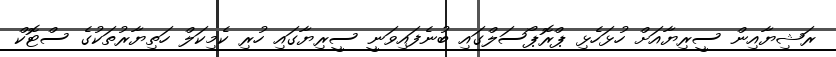
ރަޝިޔާއިން ސީރިޔާއަށް ހުޅަހެޅި ޕްރޮޕޯސަލްގައި ބުނެފައިވަނީ ސީރިޔާގައި ހުރި ކެމިކަލް ހަތިޔާރުތަކުގެ ސްޓޮކް